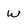
Character: W